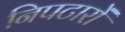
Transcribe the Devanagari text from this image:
निपटारों